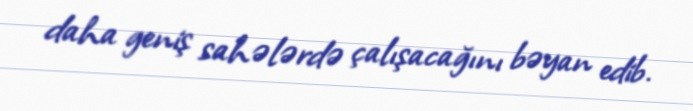
daha geniş sahələrdə çalışacağını bəyan edib.